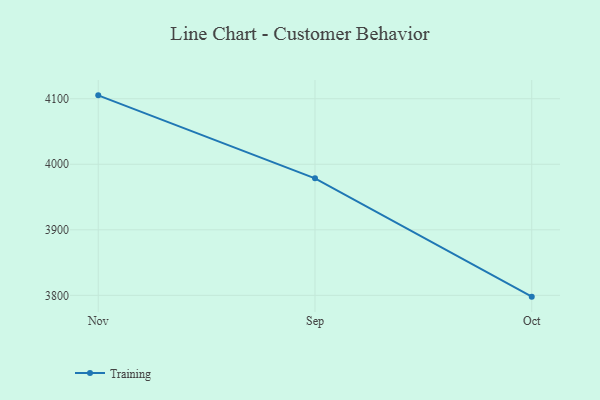
{"axis": {"x": "Month", "y": "Page Views"}, "legend": ["Training"], "data": [{"x": "Nov", "y": 4105.2, "type": "Training"}, {"x": "Sep", "y": 3978.5, "type": "Training"}, {"x": "Oct", "y": 3798.0, "type": "Training"}]}